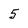
Character: 5